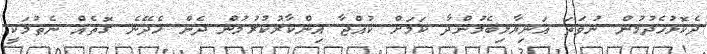
ދެކޮޅުހެދުމުން ނުވަތަ އަނިޔާލިބެމުންދާ ކަމަށް ކުއްޖާ އިންކާރުކުރުމުން ދެން ހެދޭނެ ގޮތެއް ނެތުމަކީ